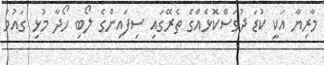
މާރިޔާ އަކީ ކުޑަ ދުވަސްކޮޅެއްގެ ތެރޭގައި ސިފައިންގެ ލޯބި ހޯދާ މުޅި ގައުމު